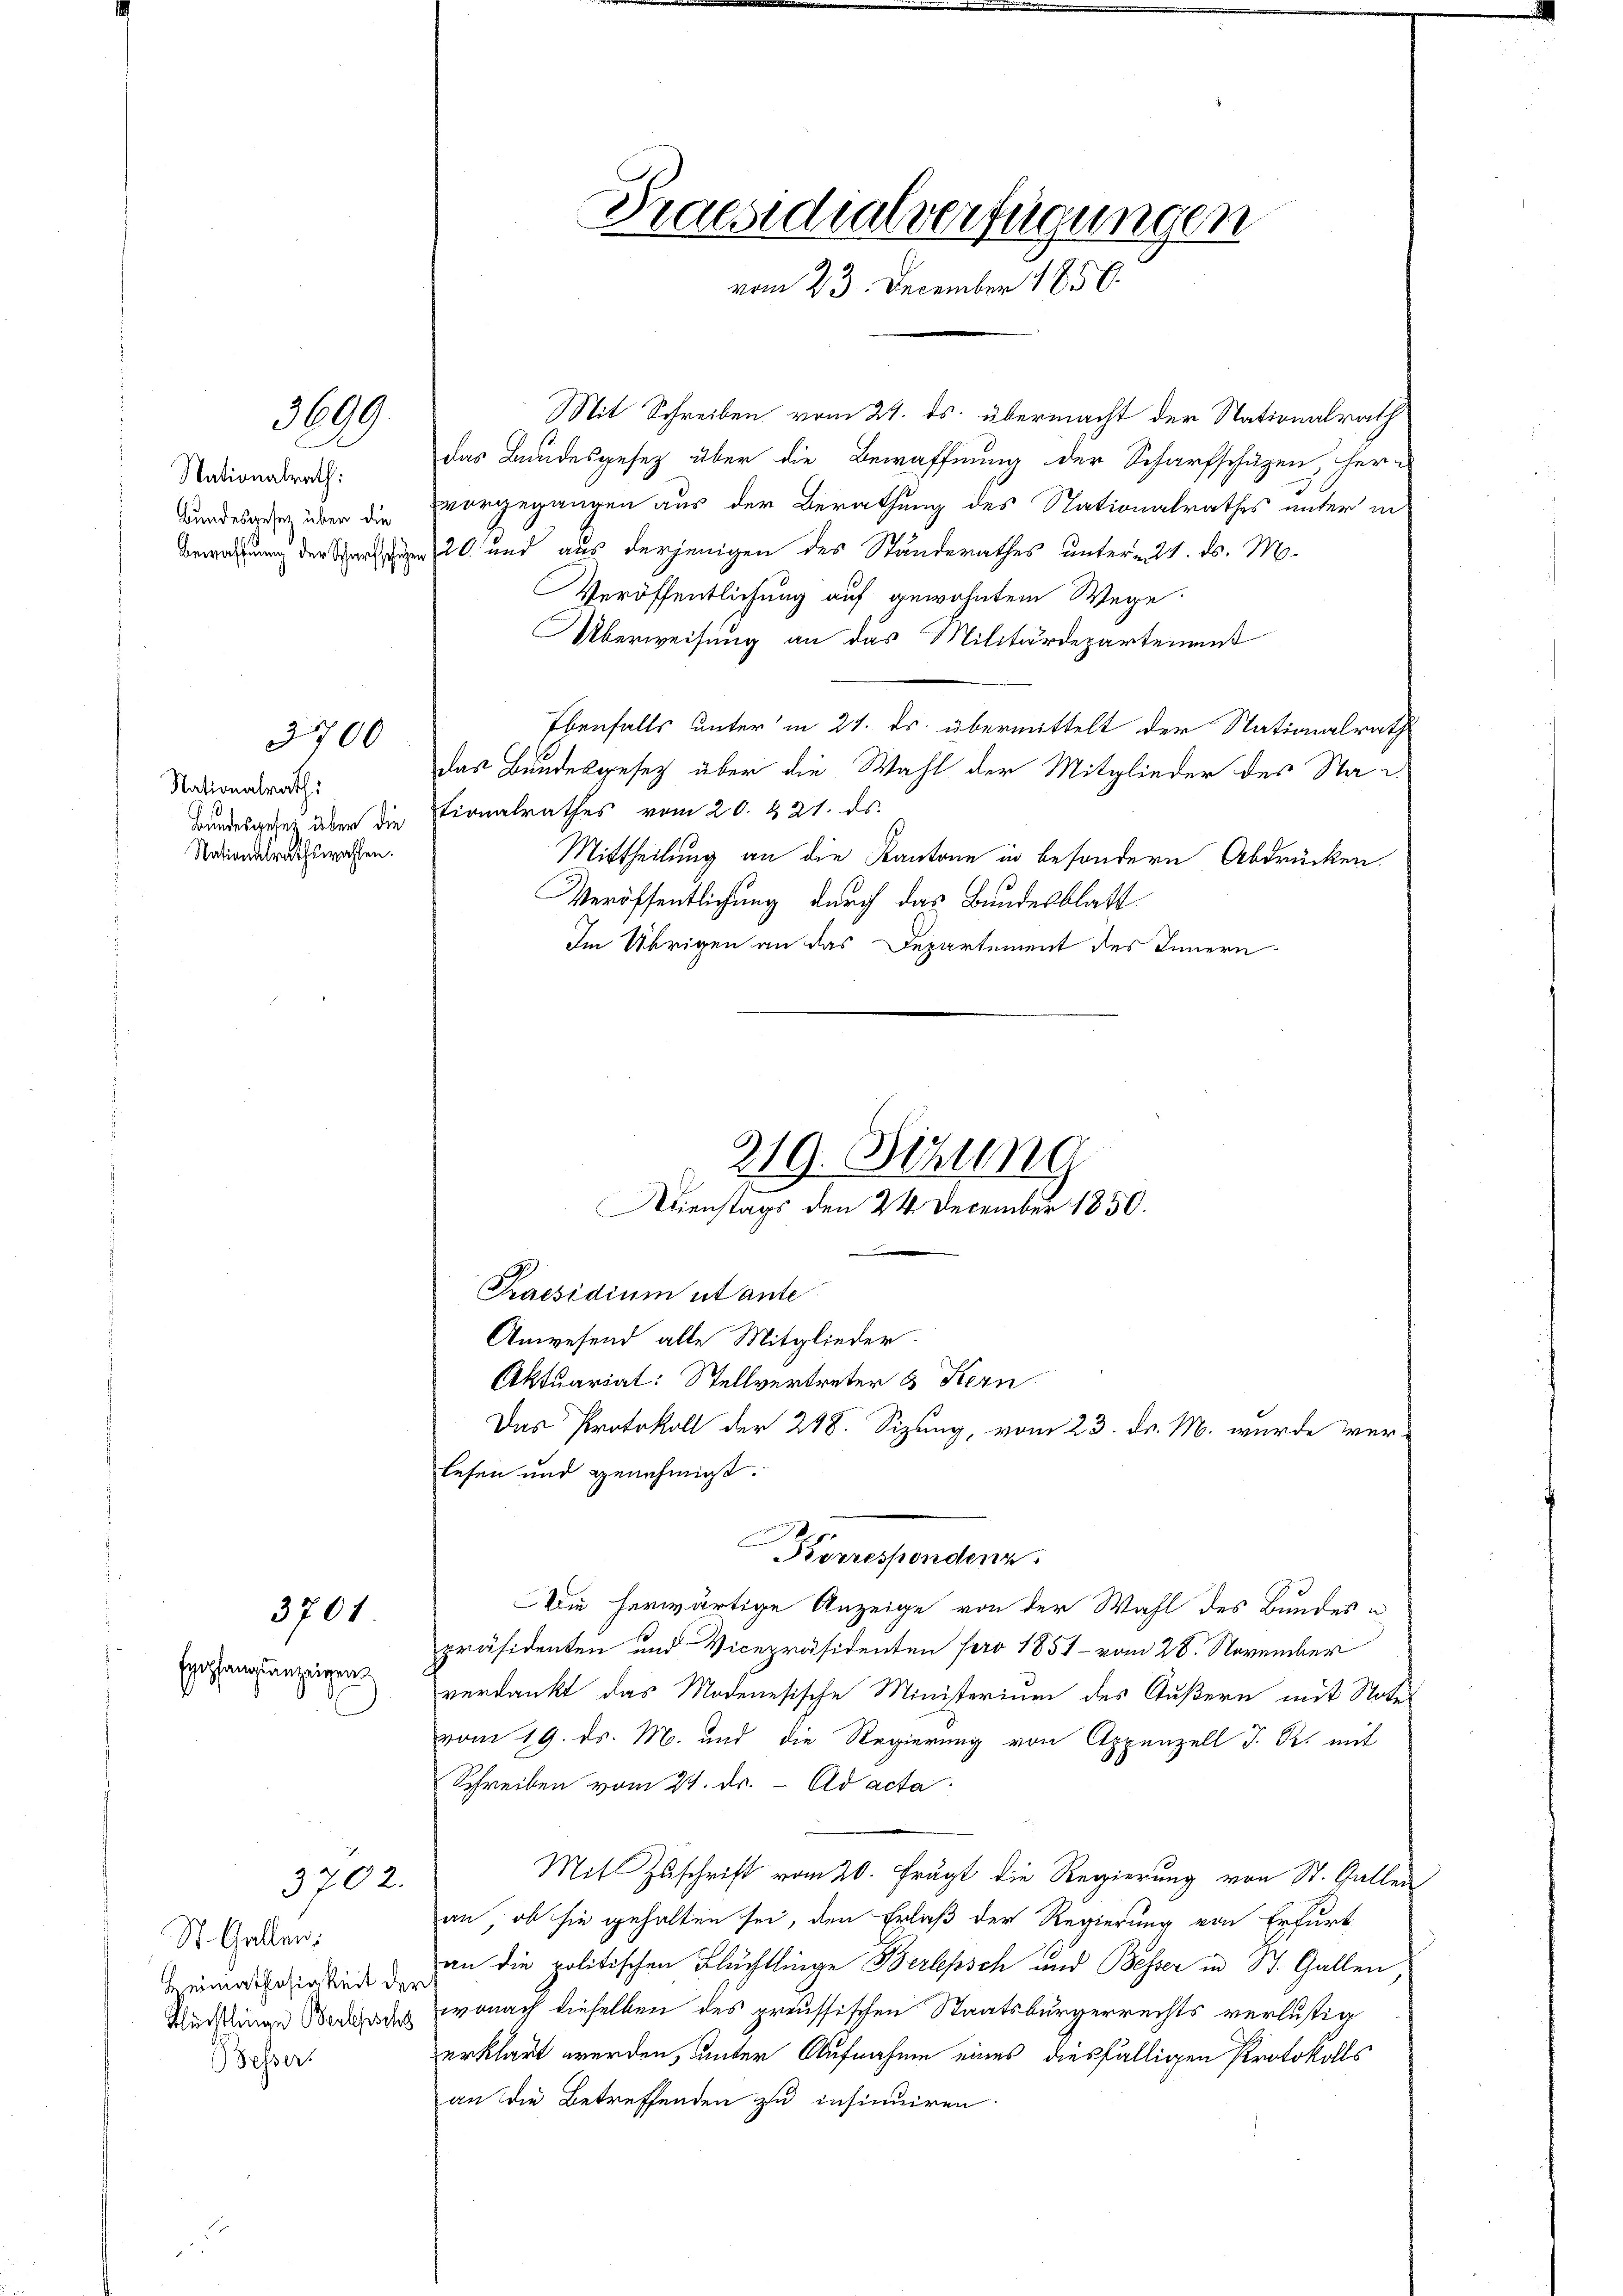
Nationalrath:
Bundesgesetz über die

3701

3699.

3700

Nationalrath.
Bundesgesetz über die
Nationalrathswahlen.

Egepfangsanzeigen

3702.

St. Gallen;
Heimatlosigkeit der
Flüchtlinge Berepsche
Bessers

Mit Schreiben vom 24. ds. übermacht der Nationalrath
das Bundesgesetz über die Bewaffnung der Scharfschäzen, her-
vorgegangen aus der Berathung des Stationalrathes unter in
ung der 20 und aus derjenigen des Standerathes unterm 21. ds. M.
Veröffentlichung auf gewohntem Wege
Überweisung an das Militärdepartement
Ebenfalls unter in 21. ds. übermittelt der Stationalrath
das Bundesgesetz über die Wahl der Mitglieder des Sta-
tionalrathes vom 20. 221. ds.
Mittheilung an die Kantone in besondern Abdrücken.
Veröffentlichung durch das Bundesblatt
Im Übrigen an das Departement des Innern

Praesidialverfügungen
vom 23. December 1850.

219. Stund
Dienstags den 24. December 1850.

Praesidium utante
Anwesend alle Mitglieder.
Aktuariat: Stellvertreter & Kern
lesen und genehmigt.
Korrespondenz.
Die herwärtige Anzeige von der Wahl des Bundes u
präsidenten und Vicepräsidenten pro 1851 - vom 28. November
verdankt das Modenesische Ministerium des Äußern mit Noter
vom 19. ds. M. und die Regierung von Appenzell I. R. mit
Schreiben vom 24. ds. - Ad acta
Mit Zuschrift vom 20. Frägt die Regierung von St. Gallen
an, ob sie gehalten sei, den Erlaß der Regierung von Erfurt
an die politischen Flüchtlinge Berlepsch und Besser in St. Gallen
wonach dieselben des preussischen Staatsbürgerrechts verlustig
erklärt werden, unter Aufnahme eines diesfälligen Protokolls
an die Betreffenden zu insinuiren.

i

Das Protokoll der 248. Sizung, vom 23. d. M. wurde ver¬